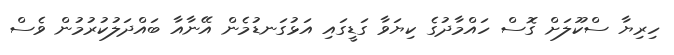
ހިރިޔާ ސްކޫލަށް ގޮސް ހައްމާދުގެ ކިޔަވާ ގަޑީގައި އަޅުގަނޑުމެން އޭނާއާ ބައްދަލުކުރުމުން ވެސް